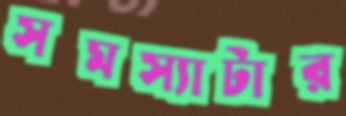
সমস্যাটার